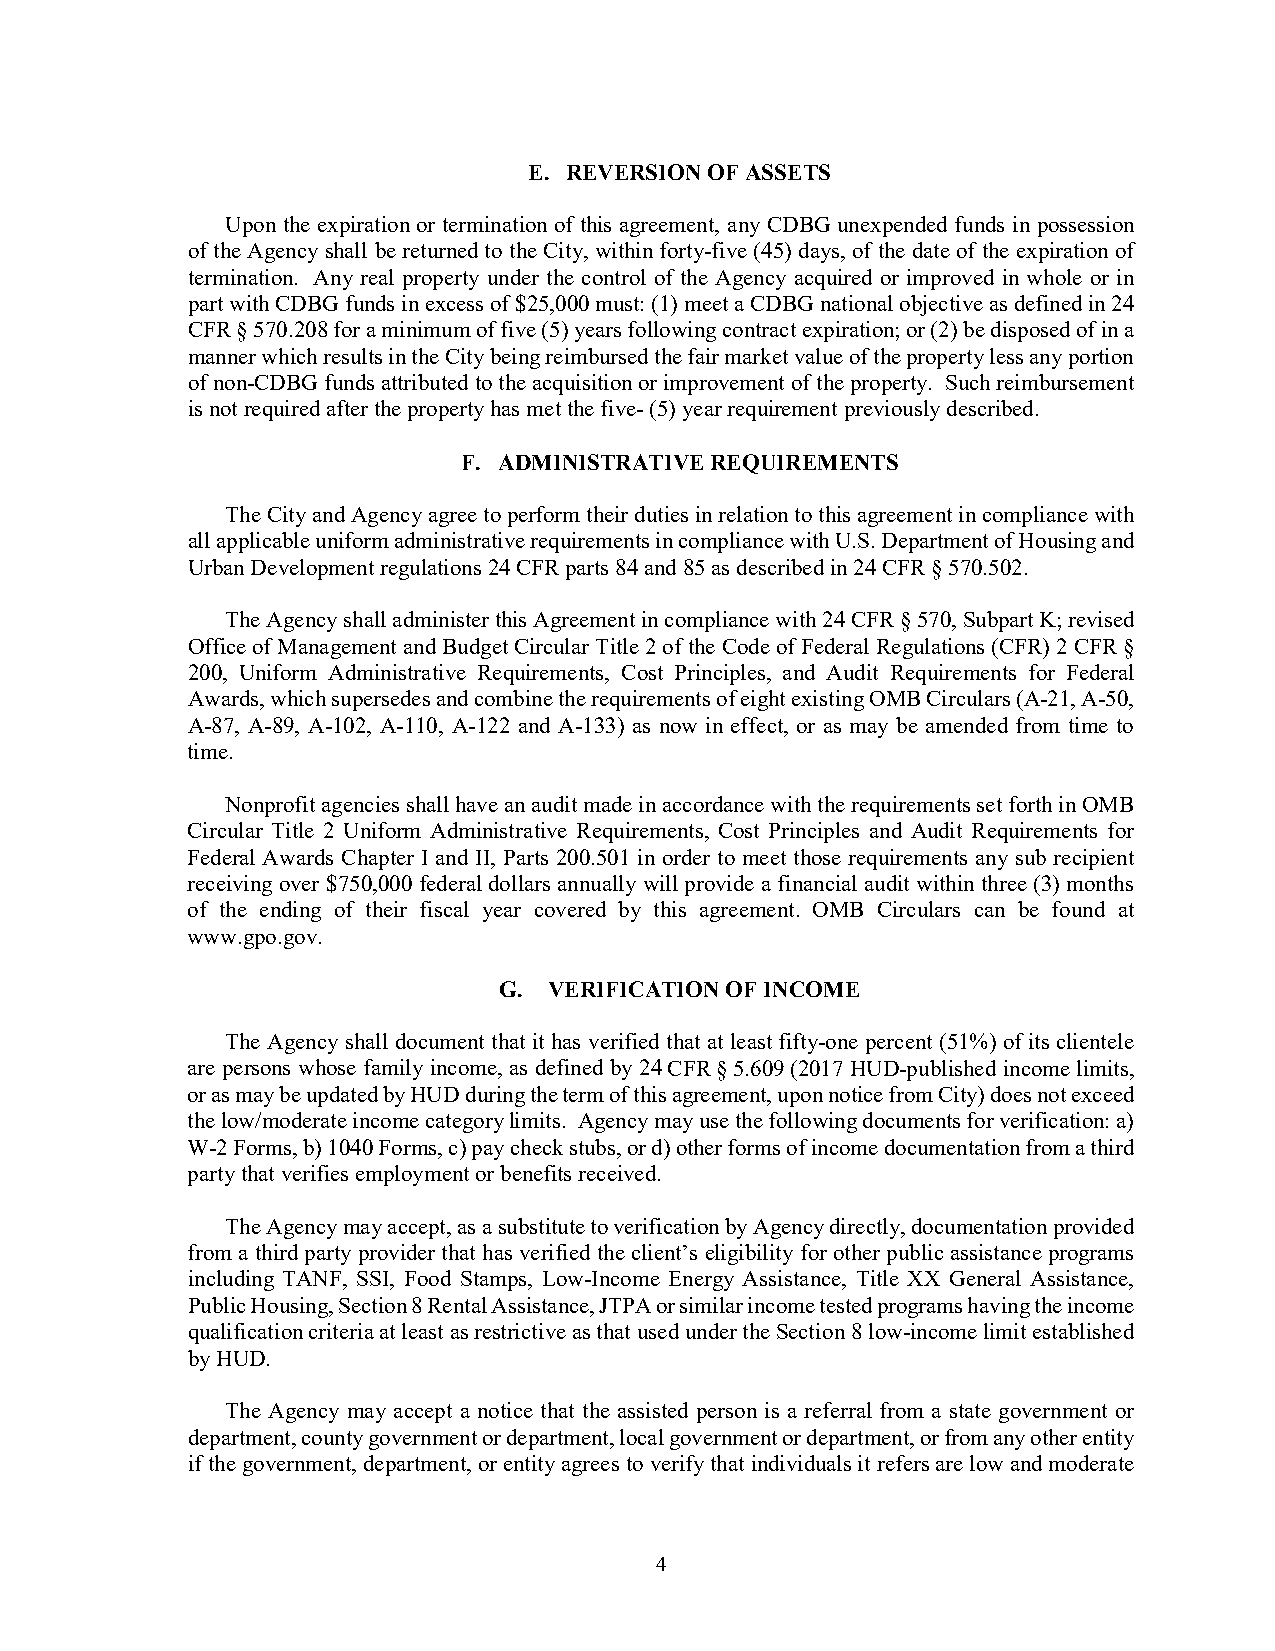
E. REVERSION OF ASSETS
 Upon the expiration or termination of this agreement, any CDBG unexpended funds in possession
 of the Agency shall be returned to the City, within forty-five (45) days, of the date of the expiration of
 termination. Any real property under the control of the Agency acquired or improved in whole or in
 part with CDBG funds in excess of $25,000 must: (1) meet a CDBG national objective as defined in 24
 CFR § 570.208 for a minimum of five (5) years following contract expiration; or (2) be disposed of in a
 manner which results in the City being reimbursed the fair market value of the property less any portion
 of non-CDBG funds attributed to the acquisition or improvement of the property. Such reimbursement
 is not required after the property has met the five- (5) year requirement previously described.
 F. ADMINISTRATIVE REQUIREMENTS
 The City and Agency agree to perform their duties in relation to this agreement in compliance with
 all applicable uniform administrative requirements in compliance with U.S. Department of Housing and
 Urban Development regulations 24 CFR parts 84 and 85 as described in 24 CFR § 570.502.
 The Agency shall administer this Agreement in compliance with 24 CFR § 570, Subpart K; revised
 Office of Management and Budget Circular Title 2 of the Code of Federal Regulations (CFR) 2 CFR §
 200, Uniform Administrative Requirements, Cost Principles, and Audit Requirements for Federal
 Awards, which supersedes and combine the requirements of eight existing OMB Circulars (A-21, A-50,
 A-87, A-89, A-102, A-110, A-122 and A-133) as now in effect, or as may be amended from time to
 time.
 Nonprofit agencies shall have an audit made in accordance with the requirements set forth in OMB
 Circular Title 2 Uniform Administrative Requirements, Cost Principles and Audit Requirements for
 Federal Awards Chapter I and II, Parts 200.501 in order to meet those requirements any sub recipient
 receiving over $750,000 federal dollars annually will provide a financial audit within three (3) months
 of the ending of their fiscal year covered by this agreement. OMB Circulars can be found at
 www.gpo.gov.
 G. VERIFICATION OF INCOME
 The Agency shall document that it has verified that at least fifty-one percent (51%) of its clientele
 are persons whose family income, as defined by 24 CFR § 5.609 (2017 HUD-published income limits,
 or as may be updated by HUD during the term of this agreement, upon notice from City) does not exceed
 the low/moderate income category limits. Agency may use the following documents for verification: a)
 W-2 Forms, b) 1040 Forms, c) pay check stubs, or d) other forms of income documentation from a third
 party that verifies employment or benefits received.
 The Agency may accept, as a substitute to verification by Agency directly, documentation provided
 from a third party provider that has verified the client’s eligibility for other public assistance programs
 including TANF, SSI, Food Stamps, Low-Income Energy Assistance, Title XX General Assistance,
 Public Housing, Section 8 Rental Assistance, JTPA or similar income tested programs having the income
 qualification criteria at least as restrictive as that used under the Section 8 low-income limit established
 by HUD.
 The Agency may accept a notice that the assisted person is a referral from a state government or
 department, county government or department, local government or department, or from any other entity
 if the government, department, or entity agrees to verify that individuals it refers are low and moderate
 4